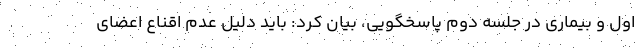
اول و بیماری در جلسه دوم پاسخگویی، بیان کرد: باید دلیل عدم اقناع اعضای